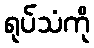
ရုပ်သံကို